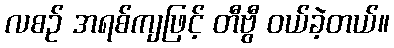
လစဉ် အရစ်ကျဖြင့် တီဗွီ ဝယ်ခဲ့တယ်။